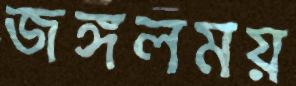
জঙ্গলময়